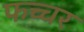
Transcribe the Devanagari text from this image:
फच्चर